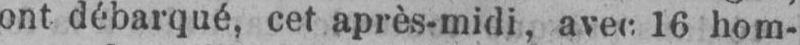
ont débarqué, cet après-midi, avec. 16 hom-